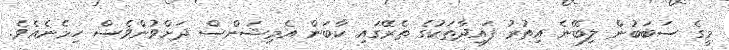
މީގެ ސަބަބުން ލިބޭނެ އިތުރު ފައިދާތަކުގެ ތެރޭގައި ކާބަން އެމިޝަންސް ދަށްވުންވެސް ހިމެނެއެވެ.